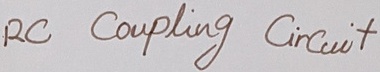
Text: RC Coupling Circuit